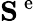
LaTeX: {\mathbf S}^{\mathrm{~e~}}